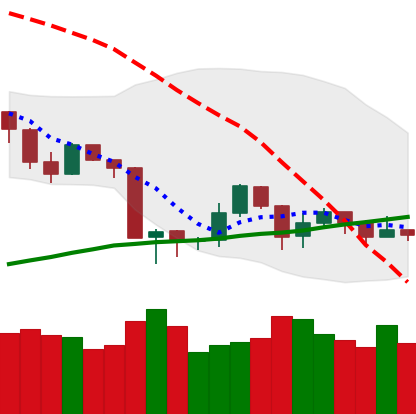
Ticker: ETH-USD
Chart end date: 2019-08-27
Forward return: -8.472%
Label: down_7plus